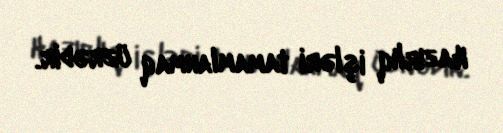
Hazırlıq işləri tamamlanmaq üzrədir.